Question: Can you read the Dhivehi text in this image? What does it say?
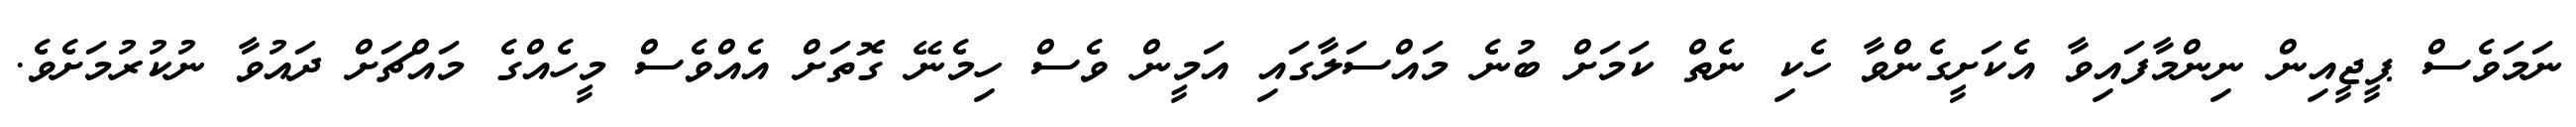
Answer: ނަމަވެސް ޕީޖީއިން ނިންމާފައިވާ އެކަށީގެންވާ ހެކި ނެތް ކަމަށް ބުނެ މައްސަލާގައި އަމީން ވެސް ހިމެނޭ ގޮތަށް އެއްވެސް މީހެއްގެ މައްޗަށް ދައުވާ ނުކުރުމަށެވެ.